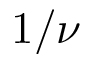
1 / \nu